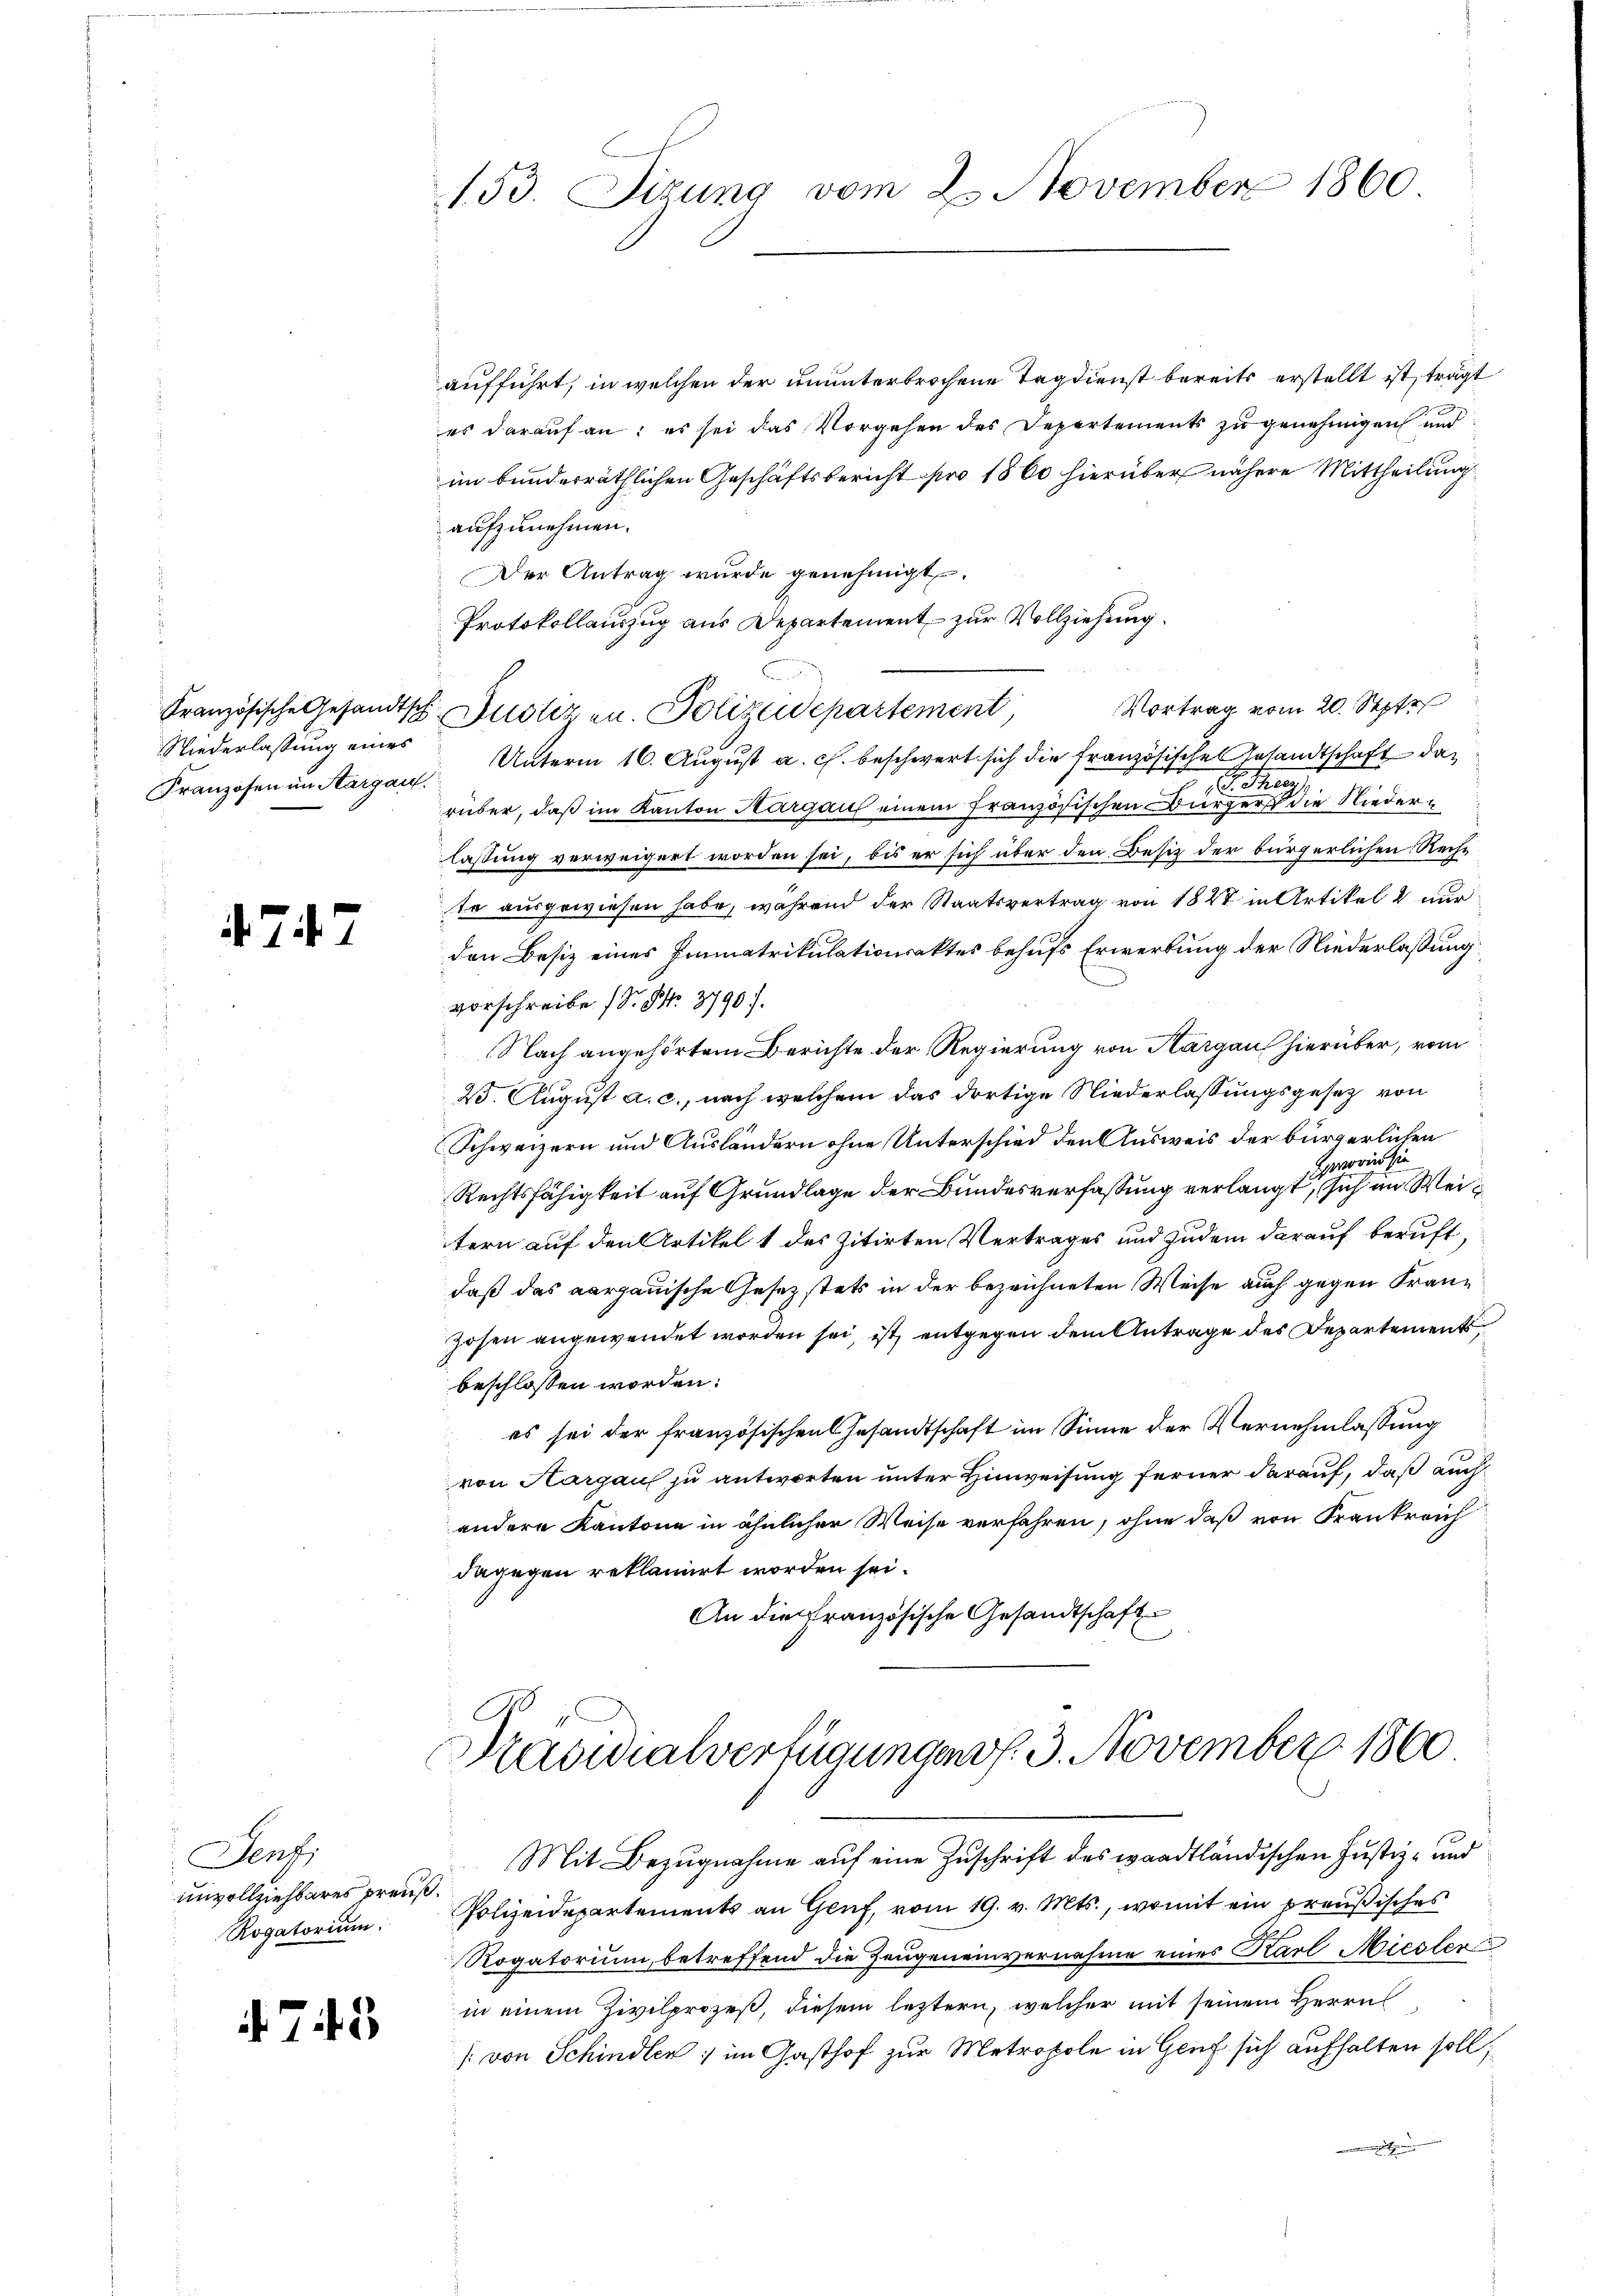
153. Sizung vom 2. November 1860

aufführt, in welchen der ununterbrochene Tag dienst bereits erstellt ist, trägt
es darauf an: es sei das Vorgehen des Departements zu genehmigen und
im bunderräthlichen Geschäftsbericht pro 1860 hierüber nähere Mittheilung
aufzunehmen.
Der Antrag wurde genehmigt.
Protokollauszug aus Departement zur Vollziehung.
Vortrag vom 20. Septe
Unterm 16. August a. c. beschwert sich die französische Gesandtschaft das
n
.
.
rüber, daß im Kanton Aargau einem französischen Burger die Niederlassung verweigert worden sei, bis er sich über den Besitz der bürgerlichen Rechte ausgewiesen habe, während der Staatsvertrag von 1828 in Artikel 2 nur
den Besiz eines Immatrikulationsaktes behufs Erwerbung der Niederlassung
vorschreibe (S. Nr. 3790.
Nach angehörtem Berichte der Regierung von Aargau hierüber, vom
25. August a. c., nach welchem das dortige Niederlassungsgesetz von
Schweizern und Ausländern ohne Unterschied den Ausweis der bürgerlichen
worin sie
18
Rechtsfähigkeit auf Grundlage der Bundesverfassung verlangt, sich im Weitern auf den Artikel 1 des zitirten Vertrages und zudem darauf beruft,
daß das aargauische Gesetz stets in der bezeichneten Weise auch gegen Fran¬
Zosen angewendet worden sei, ist, entgegen dem Antrage des Departements
beschlossen worden.
es sei der französischen Gesandtschaft im Sinne der Vernehmlassung
von Aargau zu antworten unter Hinweisung ferner darauf, daß auch
andere Kantone in ähnlicher Weise verfahren, ohne daß von Frankreich
dagegen reklamirt worden sei.
An die Französische Gesandtschaft

Niederlassung eines
Franzosen im Aargau.

Französische Gesandtsch Justiz an. Polizeidepartement

474.

Präsidialverfügungen f. 3. November 1860

Senz
unvollziehbares preuß
Rogatorium.

Mit Bezugnahme auf eine Zuschrift des waadtländischen Justiz- und
Polizeidepartements an Genf, vom 19. v. Mts., womit ein preußisches
Rogatorium, betreffend die Zeugeneinvernahme eines Karl Miesler u
in einem Zivilprozes, diesem leztern, welcher mit seinem Herrn
/ von Schindler im Gasthof zur Metropole in Genf sich aufhalten soll;

. 713